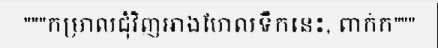
"""កម្រាលជុំវិញអាងហែលទឹកនេះ, ពាក់ក"""